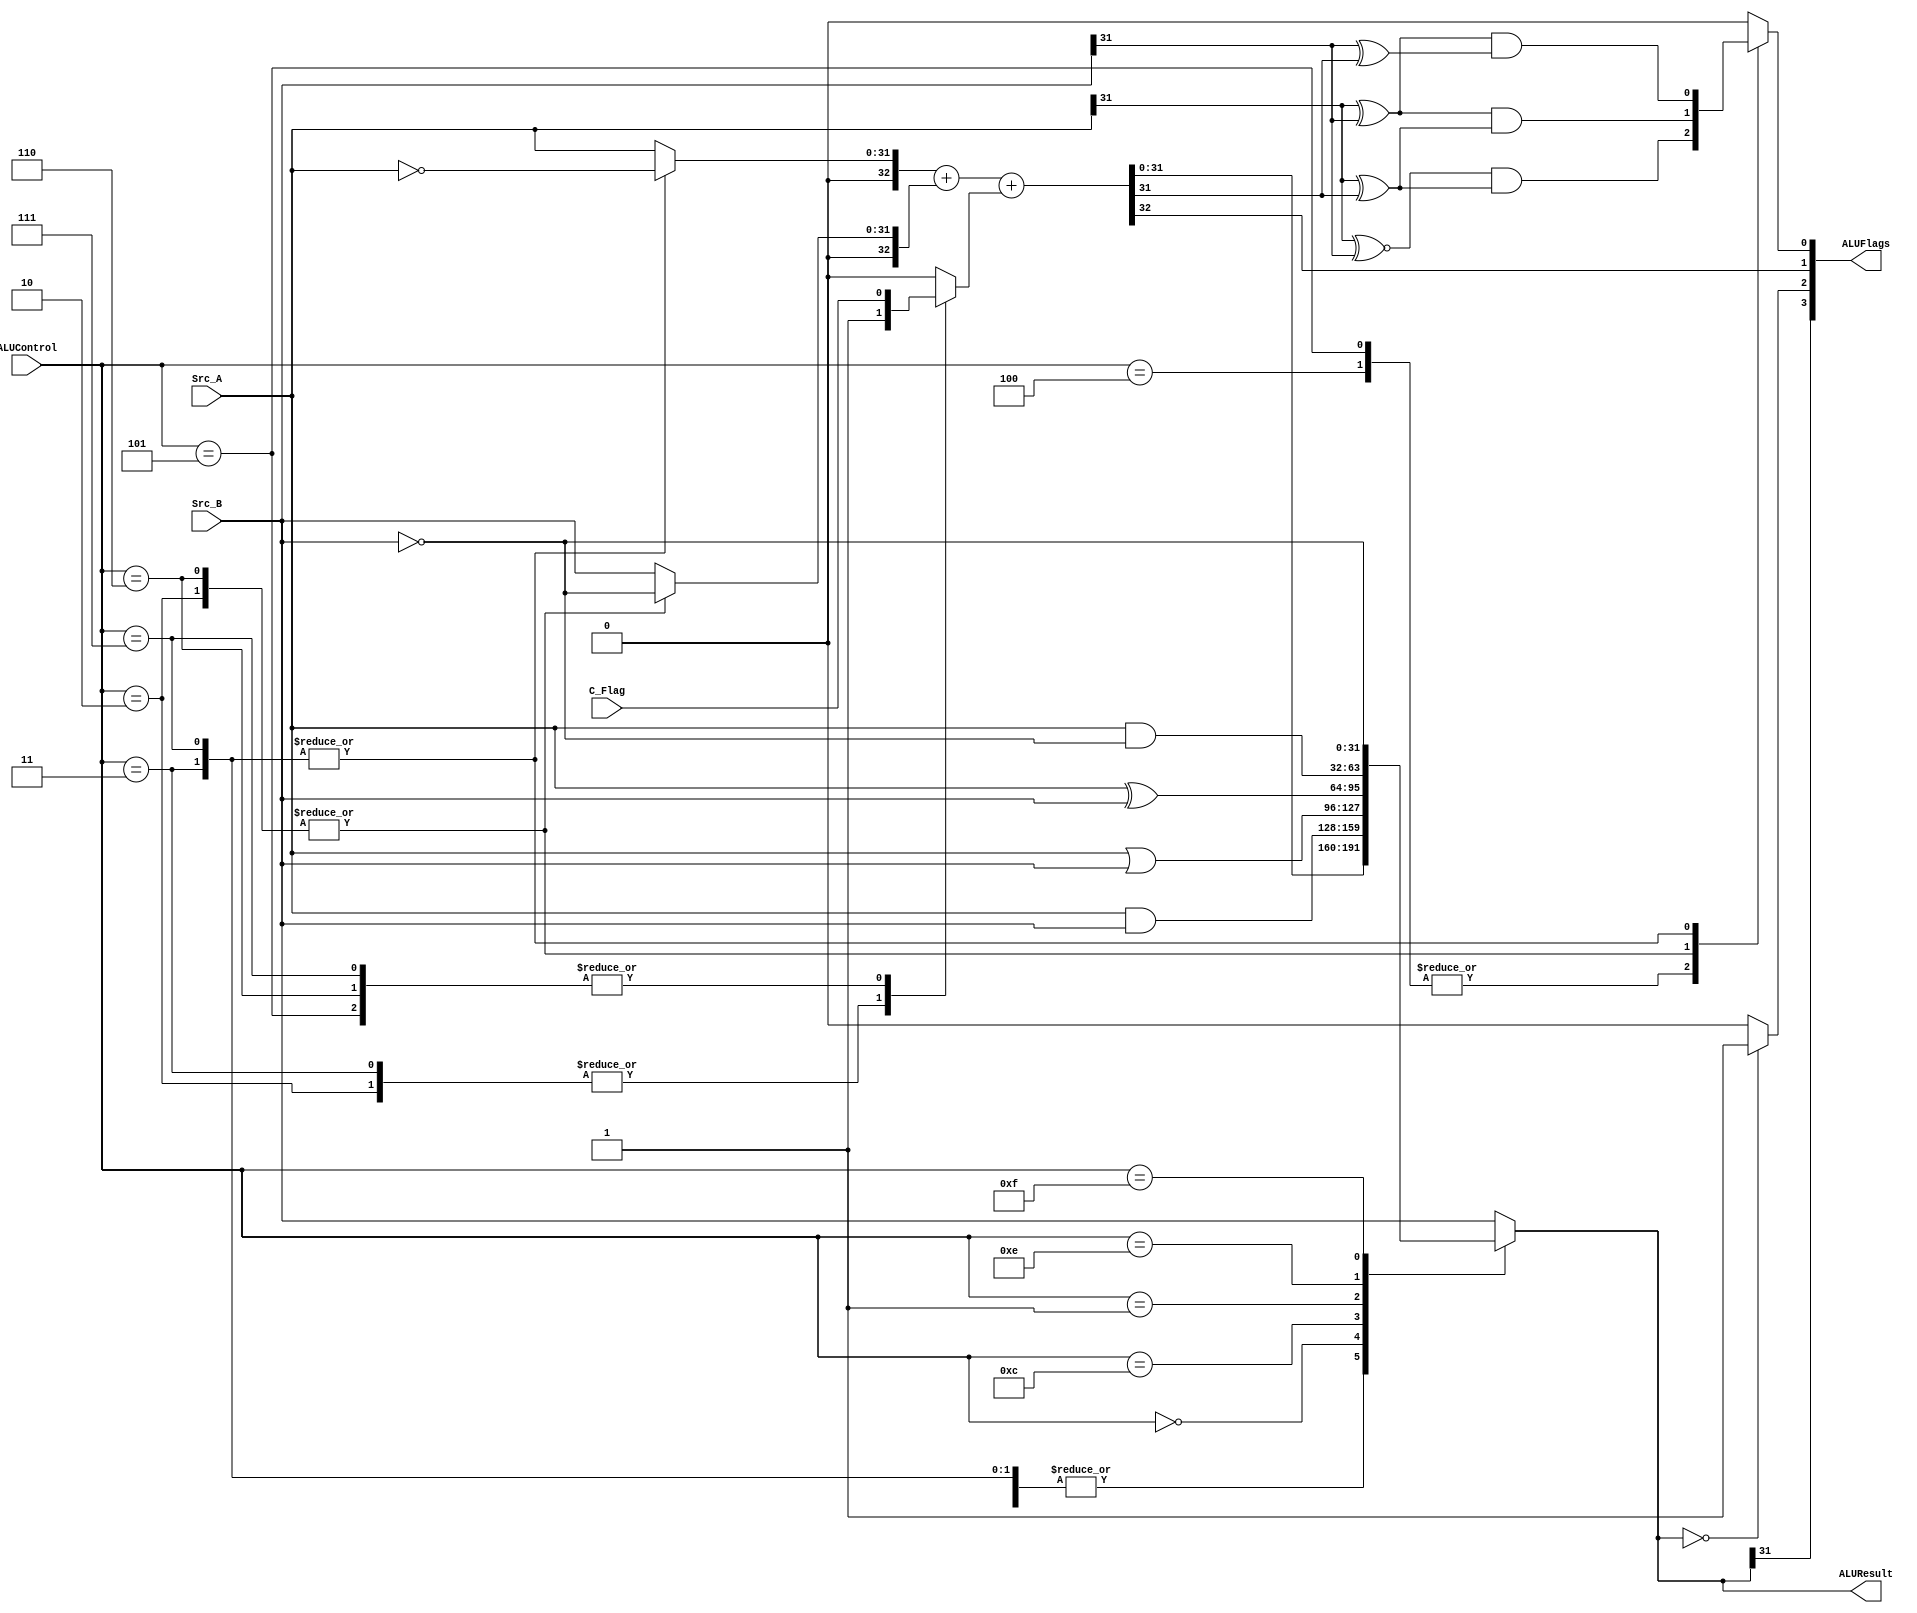
`timescale 1ns / 1ps
/*
----------------------------------------------------------------------------------
-- Company: NUS
-- Engineer: (c) Shahzor Ahmad and Rajesh Panicker  
-- 
-- Create Date:   21:06:18 24/09/2015
-- Design Name: 	ALU
-- Target Devices: Nexys 4 (Artix 7 100T)
-- Tool versions: Vivado 2015.2
-- Description: ALU Module
--
-- Dependencies:
--
-- Revision: 
-- Revision 0.01
-- Additional Comments: 
----------------------------------------------------------------------------------
--	License terms :
--	You are free to use this code as long as you
--		(i) DO NOT post it on any public repository;
--		(ii) use it only for educational purposes;
--		(iii) accept the responsibility to ensure that your implementation does not violate any intellectual property of ARM Holdings or other entities.
--		(iv) accept that the program is provided "as is" without warranty of any kind or assurance regarding its suitability for any particular purpose;
--		(v) send an email to rajesh.panicker@ieee.org briefly mentioning its use (except when used for the course CG3207 at the National University of Singapore);
--		(vi) retain this notice in this file or any files derived from this.
----------------------------------------------------------------------------------
*/

module ALU(
    input [31:0] Src_A,
    input [31:0] Src_B,
    input [3:0] ALUControl,
    input C_Flag,
    output [31:0] ALUResult,
    output [3:0] ALUFlags
    );
    
    wire [32:0] S_wider ;
    reg [32:0] Src_A_comp ;
    reg [32:0] Src_B_comp ;
    reg [31:0] ALUResult_i ;
    reg [32:0] C_0 ;
    wire N, Z, C ;
    reg V ;
    
    assign S_wider = Src_A_comp + Src_B_comp + C_0 ;
    
    always@(Src_A, Src_B, ALUControl, S_wider) begin
        // default values; help avoid latches
        C_0 <= 0 ; 
        Src_A_comp <= {1'b0, Src_A} ;
        Src_B_comp <= {1'b0, Src_B} ;
        ALUResult_i <= Src_B ;
        V <= 0 ;
    
        case(ALUControl)
            4'b0100:  //ADD, CMN
            begin
                ALUResult_i <= S_wider[31:0] ;
                V <= ( Src_A[31] ~^ Src_B[31] )  & ( Src_A[31] ^ S_wider[31] );          
            end
            4'b0101:  //ADC
            begin
                C_0 <= C_Flag;
                ALUResult_i <= S_wider[31:0] ;
                V <= ( Src_A[31] ~^ Src_B[31] )  & ( Src_A[31] ^ S_wider[31] );  //overflow with carry has 3 terms?        
            end
            
            4'b0010:  //SUB, CMP
            begin
                C_0[0] <= 1 ;  
                Src_B_comp <= {1'b0, ~ Src_B} ;
                ALUResult_i <= S_wider[31:0] ;
                V <= ( Src_A[31] ^ Src_B[31] )  & ( Src_A[31] ^ S_wider[31] );       
            end
            
            4'b0110:  //SBC
            begin
                C_0[0] <= C_Flag ;  
                Src_B_comp <= {1'b0, ~ Src_B} ;
                ALUResult_i <= S_wider[31:0] ;
                V <= ( Src_A[31] ^ Src_B[31] )  & ( Src_A[31] ^ S_wider[31] );       
            end
            
            4'b0011:  //RSB
            begin
                C_0[0] <= 1 ;  
                Src_A_comp <= {1'b0, ~ Src_A} ;
                ALUResult_i <= S_wider[31:0] ;
                V <= ( Src_A[31] ^ Src_B[31] )  & ( Src_B[31] ^ S_wider[31] );      //B and S opposite sign, A and B opposite sign
            end
            
            4'b0111:  //RSC
            begin
                C_0[0] <= C_Flag ;  
                Src_A_comp <= {1'b0, ~ Src_A} ;
                ALUResult_i <= S_wider[31:0] ;
                V <= ( Src_A[31] ^ Src_B[31] )  & ( Src_B[31] ^ S_wider[31] );       
            end
            
            4'b0000: ALUResult_i <= Src_A & Src_B ;  //AND, TST
            
            4'b1100: ALUResult_i <= Src_A | Src_B ;  //ORR
            
            4'b0001: ALUResult_i <= Src_A ^ Src_B ;  //EOR, TEQ
            
            4'b1110: ALUResult_i <= Src_A & (~Src_B) ;  //BIC
            
            4'b1101: ALUResult_i <= Src_B ;  //MOV 
            
            4'b1111: ALUResult_i <= ~Src_B ;  //MVN        
        endcase ;
    end
    
    assign N = ALUResult_i[31] ;
    assign Z = (ALUResult_i == 0) ? 1 : 0 ;
    assign C = S_wider[32] ;
    
    assign ALUResult = ALUResult_i ;
    assign ALUFlags = {N, Z, C, V} ;
        
endmodule